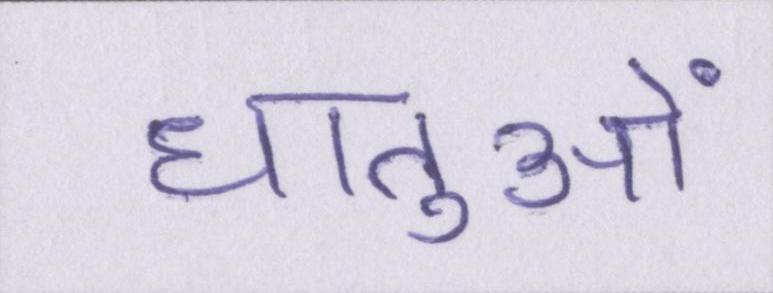
धातुओं